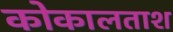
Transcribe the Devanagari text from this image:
कोकालताश